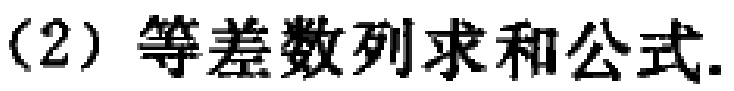
（2）等差数列求和公式.